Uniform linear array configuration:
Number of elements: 32
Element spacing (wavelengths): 0.5
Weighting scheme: hamming
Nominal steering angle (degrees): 0
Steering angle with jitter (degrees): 1.885
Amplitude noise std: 0.05
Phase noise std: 0.05

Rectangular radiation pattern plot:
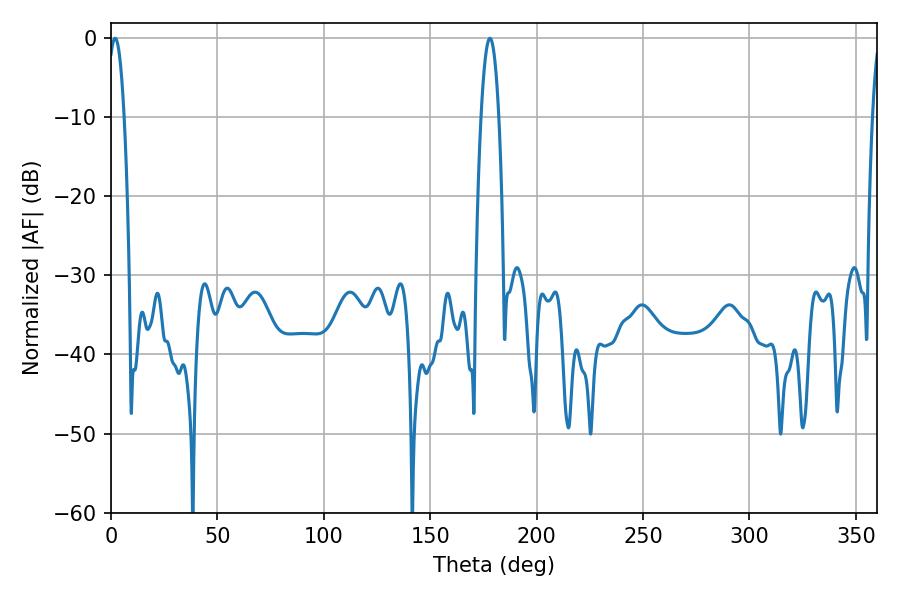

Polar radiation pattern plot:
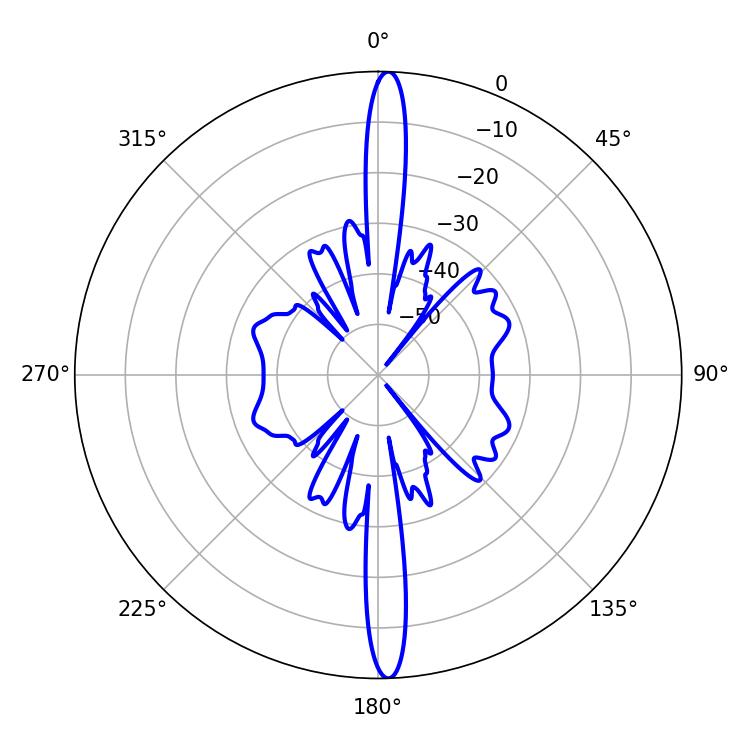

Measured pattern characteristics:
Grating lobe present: FALSE
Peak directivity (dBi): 25.129
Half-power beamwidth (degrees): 4.32
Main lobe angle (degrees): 1.98